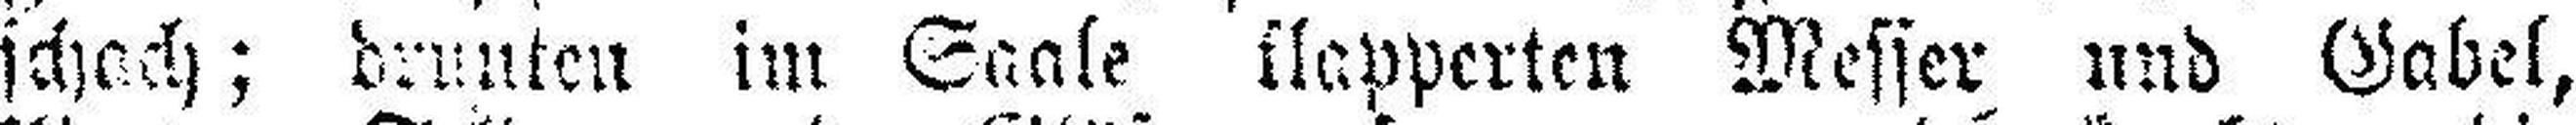
schach; drunten im Saale klapperten Messer und Gabel,